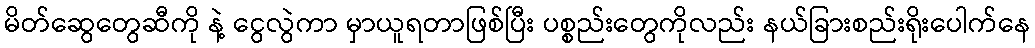
မိတ်ဆွေတွေဆီကို နဲ့ ငွေလွဲကာ မှာယူရတာဖြစ်ပြီး ပစ္စည်းတွေကိုလည်း နယ်ခြားစည်းရိုးပေါက်နေ